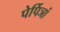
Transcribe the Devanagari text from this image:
पेर्पिञां